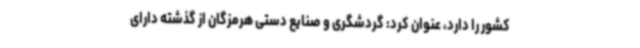
کشور را دارد، عنوان کرد: گردشگری و صنایع دستی هرمزگان از گذشته دارای